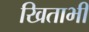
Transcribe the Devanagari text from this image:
खिताभी